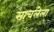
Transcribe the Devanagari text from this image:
साचलेला